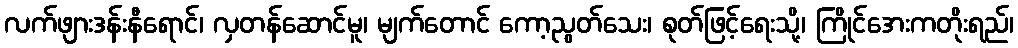
လက်ဖျားဒန်းနီရောင်၊ လှတန်ဆောင်မူ၊ မျက်တောင် ကော့ညွတ်သေး၊ စုတ်ဖြင့်ရေးသို့၊ ကြိုင်အေးကတိုးရည်၊